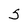
Character: S